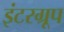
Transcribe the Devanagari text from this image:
इंटरग्रूप